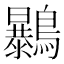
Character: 𪇰